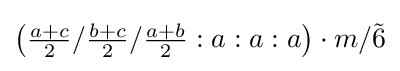
\left({\tfrac {a+c}{2}}/{\tfrac {b+c}{2}}/{\tfrac {a+b}{2}}:a:a:a\right)\cdot m/{\tilde {6}}